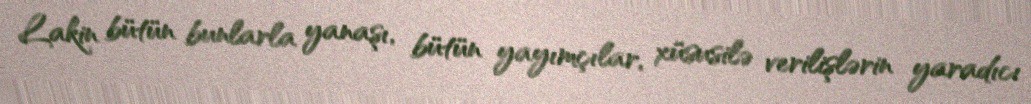
Lakin bütün bunlarla yanaşı, bütün yayımçılar, xüsusilə verilişlərin yaradıcı